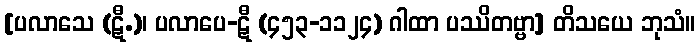
[ပလာသေ (ဋီ.)၊ ပလာပေ-ဋီ (၄၅၃-၁၁၂၄) ဂါထာ ပဿိတဗ္ဗာ] တိသယေ ဘုသံ။